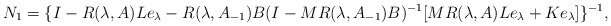
\begin{align*} N_1=\{I-R(\lambda,A)Le_\lambda-R(\lambda,A_{-1})B(I-MR(\lambda,A_{-1})B)^{-1}[MR(\lambda,A)Le_\lambda+Ke_\lambda]\}^{-1},\end{align*}